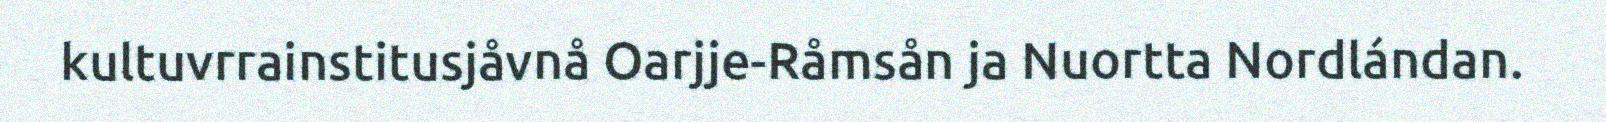
kultuvrrainstitusjåvnå Oarjje-Råmsån ja Nuortta Nordlándan.